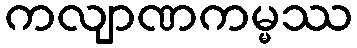
ကလျာဏကမ္မဿ